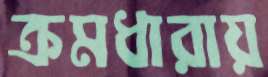
ক্রমধারায়